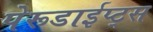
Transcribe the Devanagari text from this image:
पेरूडाईप्ट्स